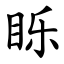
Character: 䀥